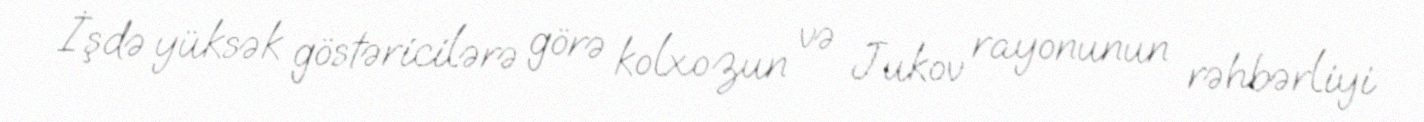
İşdə yüksək göstəricilərə görə kolxozun və Jukov rayonunun rəhbərliyi